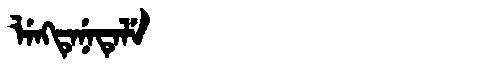
Manchu: ᠯᡝᠩᡨᡝᠨᡝᡨᡝᠯᡝ
Romanization: LENGTENETELE